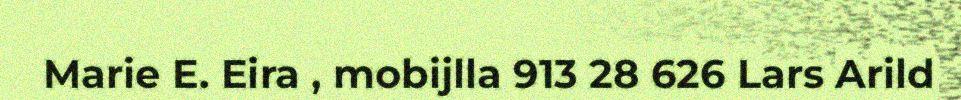
Marie E. Eira , mobijlla 913 28 626 Lars Arild